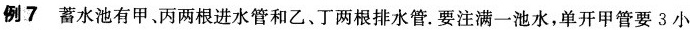
例7 蓄水池有甲、丙两根进水管和乙、丁两根排水管。要注满一池水，单开甲管要3小